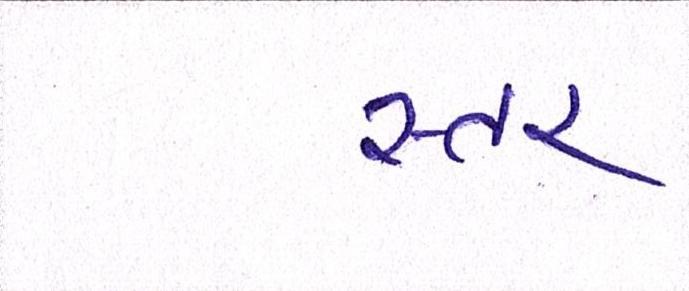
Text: સ્તર